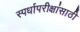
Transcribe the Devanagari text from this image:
स्पर्धापरीक्षांसाठी